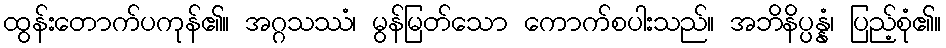
ထွန်းတောက်ပကုန်၏။ အဂ္ဂသဿံ၊ မွန်မြတ်သော ကောက်စပါးသည်။ အဘိနိပ္ပန္နံ၊ ပြည့်စုံ၏။